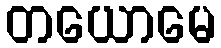
တယောမေ